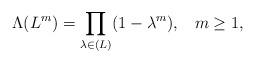
LaTeX: \begin{align*}\Lambda(L^m)=\prod_{\lambda\in (L)} (1-\lambda^m), \;\;\;m\ge 1,\end{align*}